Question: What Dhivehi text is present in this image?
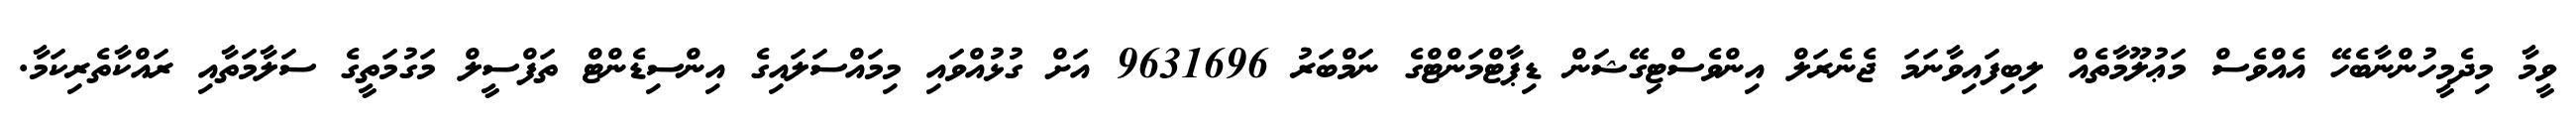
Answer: ވީމާ މިދެމީހުންނާބެހޭ އެއްވެސް މަޢުލޫމާތެއް ލިބިފައިވާނަމަ ޖެނެރަލް އިންވެސްޓިގޭޝަން ޑިޕާޓްމަންޓްގެ ނަމްބަރު 9631696 އަށް ގުޅުއްވައި މިމައްސަލައިގެ އިންސިޑެންޓް ތަފްސީލް މަގުމަތީގެ ސަލާމަތާއި ރައްކާތެރިކަމާ.